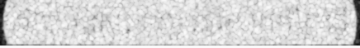
មិត្រ មនុស្ស ណា ដែល ប្រព្រឹត្ត ធ្វើ